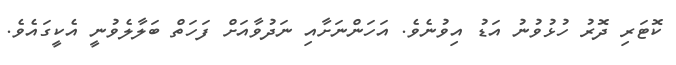
ކޮޓަރި ދޮރު ހުޅުވުނު އަޑު އިވުނެވެ. އަހަންނަށާއި ނަދުވާއަށް ފަހަތް ބަލާލެވުނީ އެކީގައެވެ.